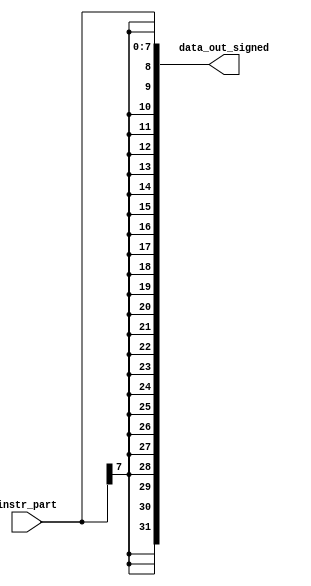
module SIGN_EXT #(
    parameter   INPUT_WIDTH=8,
                OUTPUT_WIDTH=32
)(
    input  wire [INPUT_WIDTH-1:0]  instr_part,                   // Input instruction part with most significant bits unused
    output wire [OUTPUT_WIDTH-1:0] data_out_signed               // Output signed data with the specified immediate value
    );

    localparam width = OUTPUT_WIDTH - INPUT_WIDTH;

    assign data_out_signed = {{width{instr_part[INPUT_WIDTH-1]}}, instr_part};

endmodule